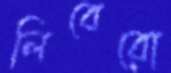
লিবেরো